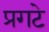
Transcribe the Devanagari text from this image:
प्रगटे